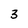
Character: 3